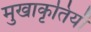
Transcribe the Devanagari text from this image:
मुखाकृतियाँ